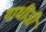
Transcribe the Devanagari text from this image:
गाधींजी